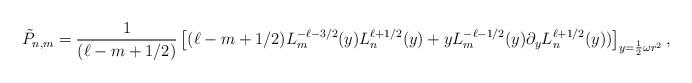
LaTeX: \begin{align*} \tilde{P}_{n,m}= \frac{1}{(\ell-m+1/2)}\left[ ( \ell-m+1/2) L^{-\ell-3/2}_m(y) L^{\ell+1/2}_n(y) + y L^{-\ell-1/2}_m(y)\partial_yL^{\ell+1/2}_n(y) )\right]_{y=\frac{1}{2}\omega r^2},\end{align*}